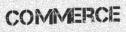
COMMERCE